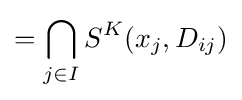
=\bigcap _{j\in I}S^{K}(x_{j},D_{ij})